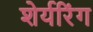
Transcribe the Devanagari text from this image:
शेर्यरिंग